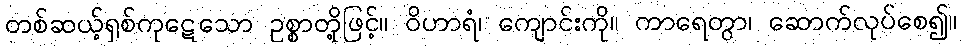
တစ်ဆယ့်ရှစ်ကုဋေသော ဥစ္စာတို့ဖြင့်။ ဝိဟာရံ၊ ကျောင်းကို။ ကာရေတွာ၊ ဆောက်လုပ်စေ၍။